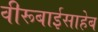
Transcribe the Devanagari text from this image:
वीरूबाईसाहेब